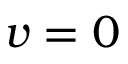
v = 0